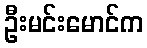
ဦးမင်းမောင်က